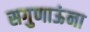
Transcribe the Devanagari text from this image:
सगुणाऊंना